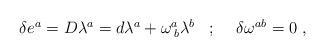
LaTeX: \begin{align*}\begin{array}{lll}\delta e^{a}=D\lambda ^{a}=d\lambda ^{a}+\omega _{\;b}^{a}\lambda ^{b} & ;\;\; & \delta \omega ^{ab}=0\;,\end{array}\end{align*}